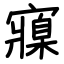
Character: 寱